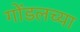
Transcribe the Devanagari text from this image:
गोंडलच्या